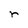
Character: r